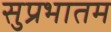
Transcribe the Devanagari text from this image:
सुप्रभातम